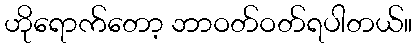
ဟိုရောက်တော့ ဘာဝတ်ဝတ်ရပါတယ်။